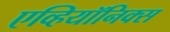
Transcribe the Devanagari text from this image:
एव्हियॉनिक्स